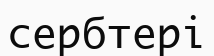
сербтері